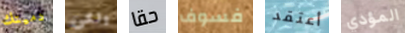
دميتك ولكن حقا فسوف أعتقد المؤدي